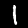
Label: 1